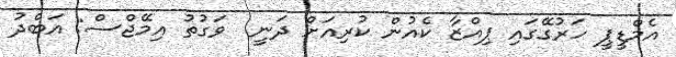
އެމްޑީޕީ ހަރުގޭގައި ޕިއްޒާ ކެއުން ކުރިއަށް ދަނީ  ވަގުތު އިމޭޖްސް: އަބްދު